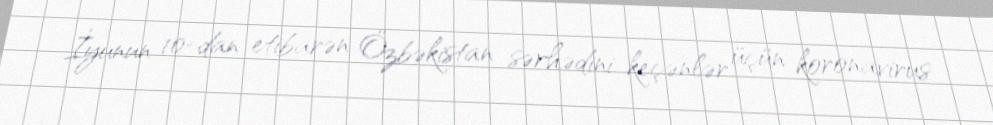
İyunun 10-dan etibarən Özbəkistan sərhədini keçənlər üçün koronavirus